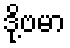
ဒို့ဗမာ